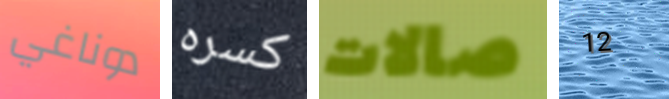
دوناغي كسره صالات 12